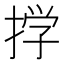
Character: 𫽊